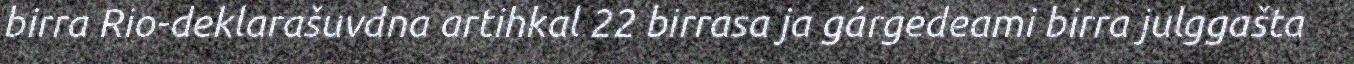
birra Rio-deklarašuvdna artihkal 22 birrasa ja gárgedeami birra julggašta